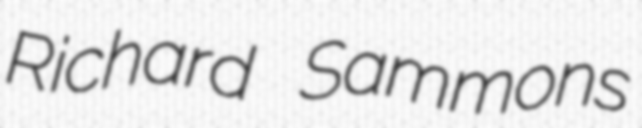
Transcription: Richard Sammons